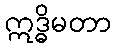
ဣဒ္ဓိမတာ